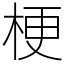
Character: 梗